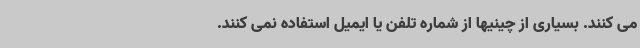
می کنند. بسیاری از چینیها از شماره تلفن یا ایمیل استفاده نمی کنند.